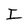
Character: I